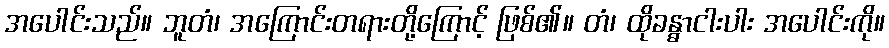
အပေါင်းသည်။ ဘူတံ၊ အကြောင်းတရားတို့ကြောင့် ဖြစ်၏။ တံ၊ ထိုခန္ဓာငါးပါး အပေါင်းကို။